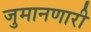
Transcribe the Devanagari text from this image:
जुमानणारी